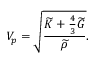
V _ { p } = \sqrt { \frac { \widetilde { K } + \frac { 4 } { 3 } \widetilde { G } } { \widetilde { \rho } } } .